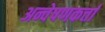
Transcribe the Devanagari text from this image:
अन्वेषणकर्त्ता